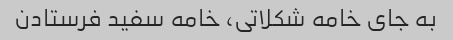
به جای خامه شکلاتی، خامه سفید فرستادن